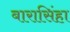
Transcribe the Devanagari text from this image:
बारासिंहा